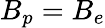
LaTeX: B_{p}=B_{e}